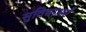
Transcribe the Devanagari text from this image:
सुविधाअएँ